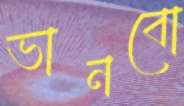
ভানবো